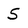
Character: S